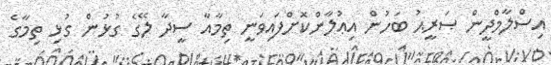
އިސްލާމްދީން ޞަރީޙު ބަހުން އިޢުލާންކޮށްފައިވަނީ ތިމާއާ ސީދާ ލޭގެ ގުޅުން ގުޅި ތިމާގެ